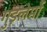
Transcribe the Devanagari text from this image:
गुइलेर्मो